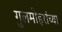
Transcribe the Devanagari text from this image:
गुलमोहरांच्या